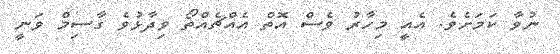
ނުވާ ކަމަށެވެ. އެއީ މިހާރު ވެސް އޮތް އެއްޗެއްތޯ ވިދާޅުވެ ގާސިމް ވަނީ